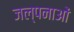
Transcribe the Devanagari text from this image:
जल्पनाओं